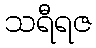
သရီရဇ